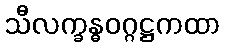
သီလက္ခန္ဓဝဂ္ဂဋ္ဌကထာ